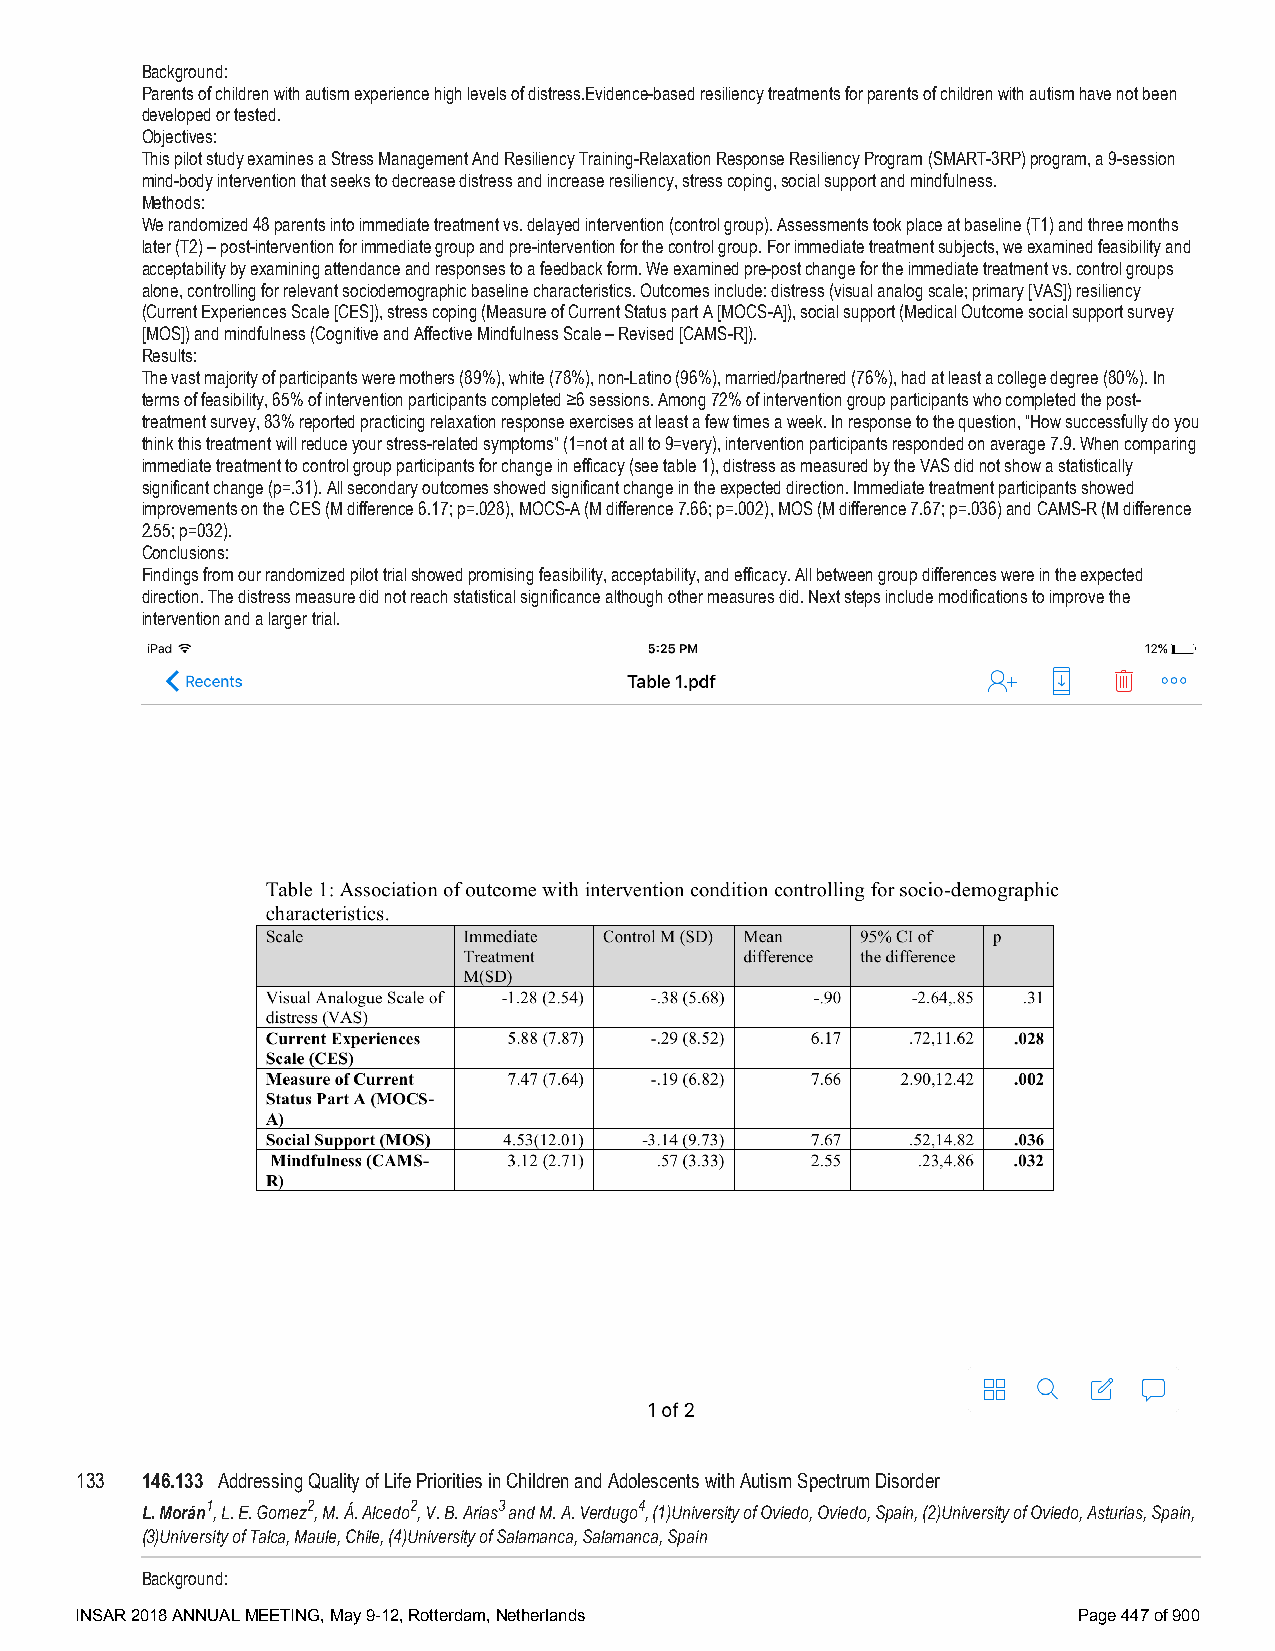
Background:
 Parents of children with autism experience high levels of distress.Evidence-based resiliency treatments for parents of children with autism have not been
 developed or tested.
 Objectives:
 This pilot study examines a Stress Management And Resiliency Training-Relaxation Response Resiliency Program (SMART-3RP) program, a 9-session
 mind-body intervention that seeks to decrease distress and increase resiliency, stress coping, social support and mindfulness.
 Methods:
 We randomized 48 parents into immediate treatment vs. delayed intervention (control group). Assessments took place at baseline (T1) and three months
 later (T2) – post-intervention for immediate group and pre-intervention for the control group. For immediate treatment subjects, we examined feasibility and
 acceptability by examining attendance and responses to a feedback form. We examined pre-post change for the immediate treatment vs. control groups
 alone, controlling for relevant sociodemographic baseline characteristics. Outcomes include: distress (visual analog scale; primary [VAS]) resiliency
 (Current Experiences Scale [CES]), stress coping (Measure of Current Status part A [MOCS-A]), social support (Medical Outcome social support survey
 [MOS]) and mindfulness (Cognitive and Affective Mindfulness Scale – Revised [CAMS-R]).
 Results:
 The vast majority of participants were mothers (89%), white (78%), non-Latino (96%), married/partnered (76%), had at least a college degree (80%). In
 terms of feasibility, 65% of intervention participants completed ≥6 sessions. Among 72% of intervention group participants who completed the post-
 treatment survey, 83% reported practicing relaxation response exercises at least a few times a week. In response to the question, “How successfully do you
 think this treatment will reduce your stress-related symptoms” (1=not at all to 9=very), intervention participants responded on average 7.9. When comparing
 immediate treatment to control group participants for change in efficacy (see table 1), distress as measured by the VAS did not show a statistically
 significant change (p=.31). All secondary outcomes showed significant change in the expected direction. Immediate treatment participants showed
 improvements on the CES (M difference 6.17; p=.028), MOCS-A (M difference 7.66; p=.002), MOS (M difference 7.67; p=.036) and CAMS-R (M difference
 2.55; p=032).
 Conclusions:
 Findings from our randomized pilot trial showed promising feasibility, acceptability, and efficacy. All between group differences were in the expected
 direction. The distress measure did not reach statistical significance although other measures did. Next steps include modifications to improve the
 intervention and a larger trial.
 133 146.133 Addressing Quality of Life Priorities in Children and Adolescents with Autism Spectrum Disorder
 L. Morán1, L. E. Gomez2, M. Á. Alcedo2, V. B. Arias3 and M. A. Verdugo4, (1)University of Oviedo, Oviedo, Spain, (2)University of Oviedo, Asturias, Spain,
 (3)University of Talca, Maule, Chile, (4)University of Salamanca, Salamanca, Spain
 Background:
 INSAR 2018 ANNUAL MEETING, May 9-12, Rotterdam, Netherlands       Page 447 of 900